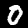
Label: 0